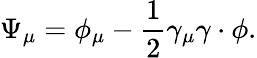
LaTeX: \Psi_{\mu}=\phi_{\mu}-\frac{1}{2}\gamma_{\mu}\gamma\cdot\phi.